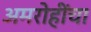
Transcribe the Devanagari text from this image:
अमरोहींचा